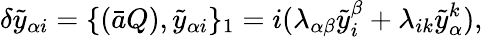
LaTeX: \delta\tilde{y}_{\alpha i}=\{ (\bar{a}Q),\tilde{y}_{\alpha i}\} _{1}=i(\lambda_{\alpha\beta}\tilde{y}_{i}^{\beta}+\lambda_{ik}\tilde{y}_{\alpha}^{k}),